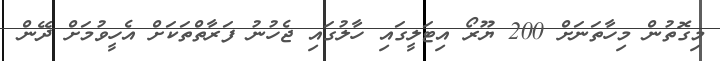
މިގޮތުން މިހާތަނަށް 200 ޔޫރޯ އިޓަލީގައި ހާލުގައި ޖެހުނު ފަރާތްތަކަށް އެހީވުމަށް ދޭން